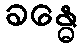
ခန္ဓေ